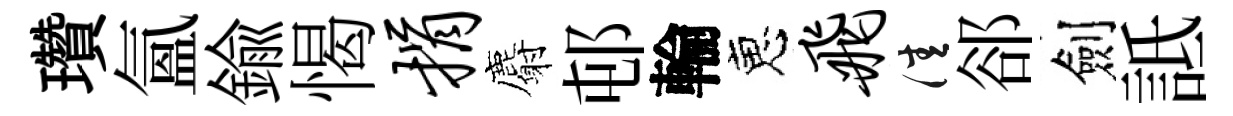
瓚氲鍮愒捐麝邨輪恵飞佳郤劍詆